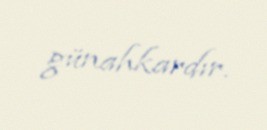
günahkardır.